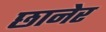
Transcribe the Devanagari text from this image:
छानेर